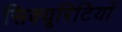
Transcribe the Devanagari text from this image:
सिक्यूरिटियाँ